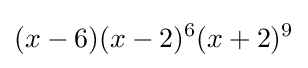
(x-6)(x-2)^{6}(x+2)^{9}